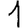
Digit: 1